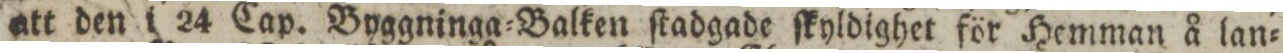
att den i 24 Cap. Byggninga=Balken ſtadgade ſkyldighet för Hemman å lan=